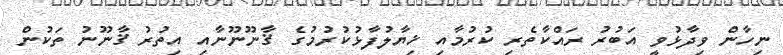
ނިހާން ވިދާޅުވީ އަބުރު ރައްކާތެރި ކުރުމާއި ޚިޔާލުފާޅުކުރުމުގެ ޤާނޫނޫނާއި އިތުރު ޤާނޫނު ތަކުން